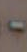
-